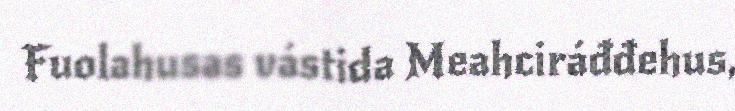
Fuolahusas vástida Meahciráđđehus,